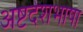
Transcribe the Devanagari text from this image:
अष्टदेशभाषा